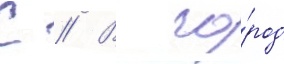
С // В го́род